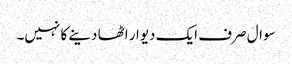
سوال صرف ایک دیوار اٹھا دینے کا نہیں۔